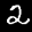
Label: 2